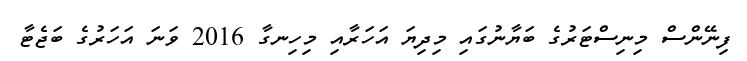
ފިނޭންސް މިނިސްޓަރުގެ ބަޔާނުގައި މިދިޔަ އަހަރާއި މިހިނގާ 2016 ވަނަ އަހަރުގެ ބަޖެޓާ